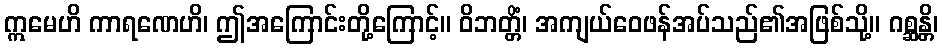
ဣမေဟိ ကာရဏေဟိ၊ ဤအကြောင်းတို့ကြောင့်။ ဝိဘတ္တိံ၊ အကျယ်ဝေဖန်အပ်သည်၏အဖြစ်သို့။ ဂစ္ဆန္တိ၊